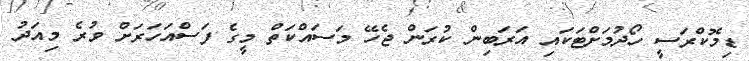
ޑިމޮކްރަސީ ހޯދުމަށްޓަކައި އަރަބިން ކުރަން ޖެހޭ މަސައްކަތް މީގެ ފަސްއަހަރަށް ވުރެ މިއަދު